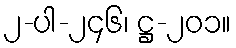
၂-ပါ-၂၄၆၊ ဋ္ဌ-၂၀၁။